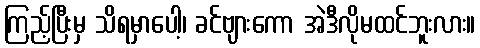
ကြည့်ပြီးမှ သိရမှာပေါ့၊ ခင်ဗျားကော အဲဒီလိုမထင်ဘူးလား။